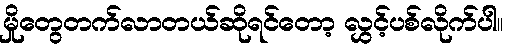
မှိုတွေတက်လာတယ်ဆိုရင်တော့ လွှင့်ပစ်လိုက်ပါ။